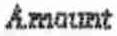
AMOUNT